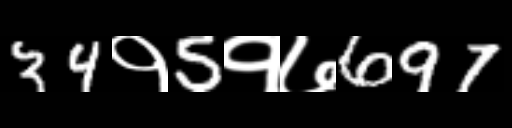
Text: 34१5१७697